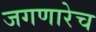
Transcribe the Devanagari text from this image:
जगणारेच